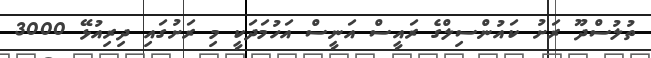
ތުލުސްދޫ ރަށު ކައުންސިލްގެ ރައީސް އަނީސް އަހުމަދަކީ މި ރަށުގައި ދިރިއުޅޭ 3000